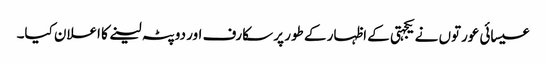
عیسائی عورتوں نے یکجہتی کے اظہار کے طور پر سکارف اور دوپٹہ لینے کا اعلان کیا۔